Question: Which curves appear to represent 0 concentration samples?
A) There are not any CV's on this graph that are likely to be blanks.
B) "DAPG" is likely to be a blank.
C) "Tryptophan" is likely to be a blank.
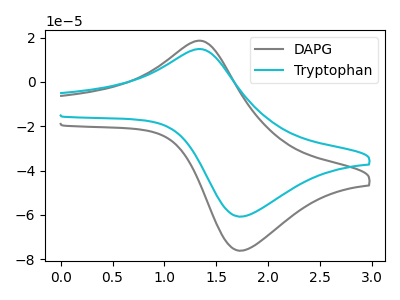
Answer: <think>The gray curve "DAPG" has an anodic peak at (1.30V, 18.60uA) and a cathodic peak at (1.75V, -76.15uA). The cyan curve "Tryptophan" has an anodic peak at (1.30V, 14.85uA) and a cathodic peak at (1.75V, -60.75uA).</think>
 <answer>A) There are not any CV's on this graph that are likely to be blanks.</answer>
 <eval>A</eval>